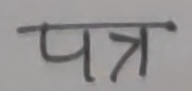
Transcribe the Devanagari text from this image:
पत्र